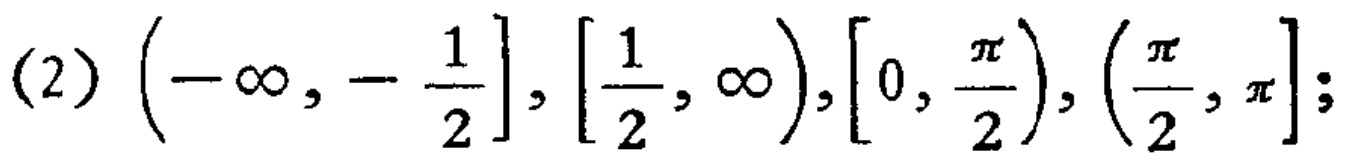
(2) $\left(-\infty,-\frac{1}{2}\right],\left[\frac{1}{2},\infty\right),\left[0,\frac{\pi}{2}\right),\left(\frac{\pi}{2},\pi\right]$;